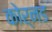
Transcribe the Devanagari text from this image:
कोर्नड